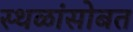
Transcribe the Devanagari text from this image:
स्थळांसोबत